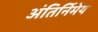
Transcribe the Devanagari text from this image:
अंतिर्निमेय